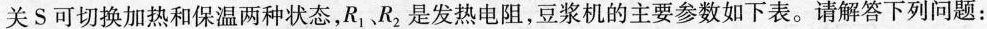
关S可切换加热和保温两种状态，R_1、R_2是发热电阻，豆浆机的主要参数如下表。请解答下列问题：